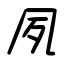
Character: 夙